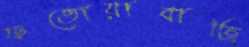
ফতোয়াবাজি